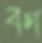
বগ